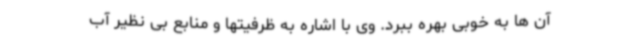
آن ها به خوبی بهره ببرد. وی با اشاره به ظرفیتها و منابع بی نظیر آب